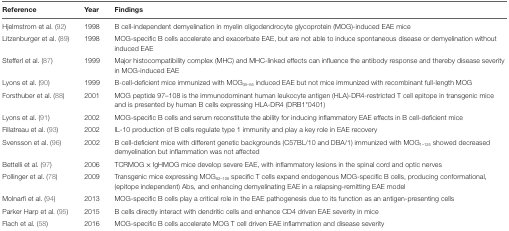
<table><thead><tr><td><b>Reference</b></td><td><b>Year</b></td><td><b>Findings</b></td></tr></thead><tbody><tr><td>Hjelmstrom et al. (92)</td><td>1998</td><td>B cell-independent demyelination in myelin oligodendrocyte glycoprotein (MOG)-induced EAE mice</td></tr><tr><td>Litzenburger et al. (89)</td><td>1998</td><td>MOG-specific B cells accelerate and exacerbate EAE, but are not able to induce spontaneous disease or demyelination without induced EAE</td></tr><tr><td>Stefferl et al. (87)</td><td>1999</td><td>Major histocompatibility complex (MHC) and MHC-linked effects can influence the antibody response and thereby disease severity in MOG-induced EAE</td></tr><tr><td>Lyons et al. (90)</td><td>1999</td><td>B-cell-deficient mice immunized with MOG<sub>35–55</sub> induced EAE but not mice immunized with recombinant full-length MOG</td></tr><tr><td>Forsthuber et al. (88)</td><td>2001</td><td>MOG peptide 97–108 is the immunodominant human leukocyte antigen (HLA)-DR4-restricted T cell epitope in transgenic mice and is presented by human B cells expressing HLA-DR4 (DRB1*0401)</td></tr><tr><td>Lyons et al. (91)</td><td>2002</td><td>MOG-specific B cells and serum reconstitute the ability for inducing inflammatory EAE effects in B cell-deficient mice</td></tr><tr><td>Fillatreau et al. (93)</td><td>2002</td><td>IL-10 production of B cells regulate type 1 immunity and play a key role in EAE recovery</td></tr><tr><td>Svensson et al. (96)</td><td>2002</td><td>B cell-deficient mice with different genetic backgrounds (C57BL/10 and DBA/1) immunized with MOG<sub>1–125</sub> showed decreased demyelination but inflammation was not affected</td></tr><tr><td>Bettelli et al. (97)</td><td>2006</td><td>TCRMOG × IgHMOG mice develop severe EAE, with inflammatory lesions in the spinal cord and optic nerves</td></tr><tr><td>Pollinger et al. (78)</td><td>2009</td><td>Transgenic mice expressing MOG<sub>92–106</sub> specific T cells expand endogenous MOG-specific B cells, producing conformational, (epitope independent) Abs, and enhancing demyelinating EAE in a relapsing-remitting EAE model</td></tr><tr><td>Molnarfi et al. (94)</td><td>2013</td><td>MOG-specific B cells play a critical role in the EAE pathogenesis due to its function as an antigen-presenting cells</td></tr><tr><td>Parker Harp et al. (95)</td><td>2015</td><td>B cells directly interact with dendritic cells and enhance CD4 driven EAE severity in mice</td></tr><tr><td>Flach et al. (58)</td><td>2016</td><td>MOG-specific B cells accelerate MOG T cell driven EAE inflammation and disease severity</td></tr></tbody></table>